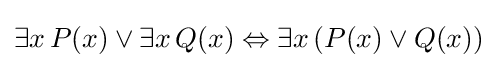
\exists x\,P(x)\lor \exists x\,Q(x)\Leftrightarrow \exists x\,(P(x)\lor Q(x))